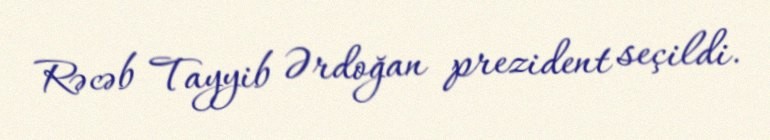
Rəcəb Tayyib Ərdoğan prezident seçildi.